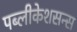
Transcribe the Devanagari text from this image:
पब्लीकेशसन्स